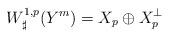
LaTeX: \begin{align*}W^{1,p}_\sharp(Y^m) = X_p \oplus X_p^\perp\end{align*}